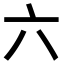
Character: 六